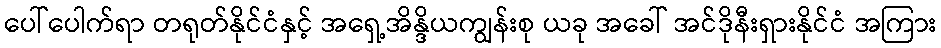
ပေါ်ပေါက်ရာ တရုတ်နိုင်ငံနှင့် အရှေ့အိန္ဒိယကျွန်းစု ယခု အခေါ် အင်ဒိုနီးရှားနိုင်ငံ အကြား